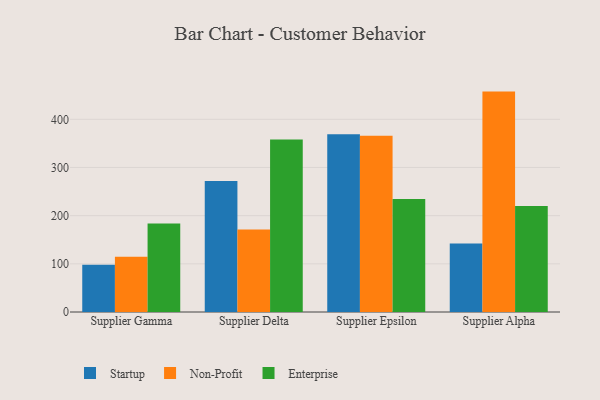
{"axis": {"x": "Supplier", "y": "Revenue (USD Million)"}, "legend": ["Enterprise", "Non-Profit", "Startup"], "data": [{"x": "Supplier Gamma", "y": 97.9, "type": "Startup"}, {"x": "Supplier Gamma", "y": 114.6, "type": "Non-Profit"}, {"x": "Supplier Gamma", "y": 183.7, "type": "Enterprise"}, {"x": "Supplier Delta", "y": 272.0, "type": "Startup"}, {"x": "Supplier Delta", "y": 171.3, "type": "Non-Profit"}, {"x": "Supplier Delta", "y": 358.1, "type": "Enterprise"}, {"x": "Supplier Epsilon", "y": 369.1, "type": "Startup"}, {"x": "Supplier Epsilon", "y": 365.7, "type": "Non-Profit"}, {"x": "Supplier Epsilon", "y": 234.8, "type": "Enterprise"}, {"x": "Supplier Alpha", "y": 142.3, "type": "Startup"}, {"x": "Supplier Alpha", "y": 457.5, "type": "Non-Profit"}, {"x": "Supplier Alpha", "y": 220.1, "type": "Enterprise"}]}